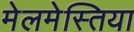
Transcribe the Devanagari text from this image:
मेलमेस्तिया